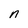
Character: n